Civil Veterinary Department. United Provinces 1923-31 - 1923-1931
Year: 1923
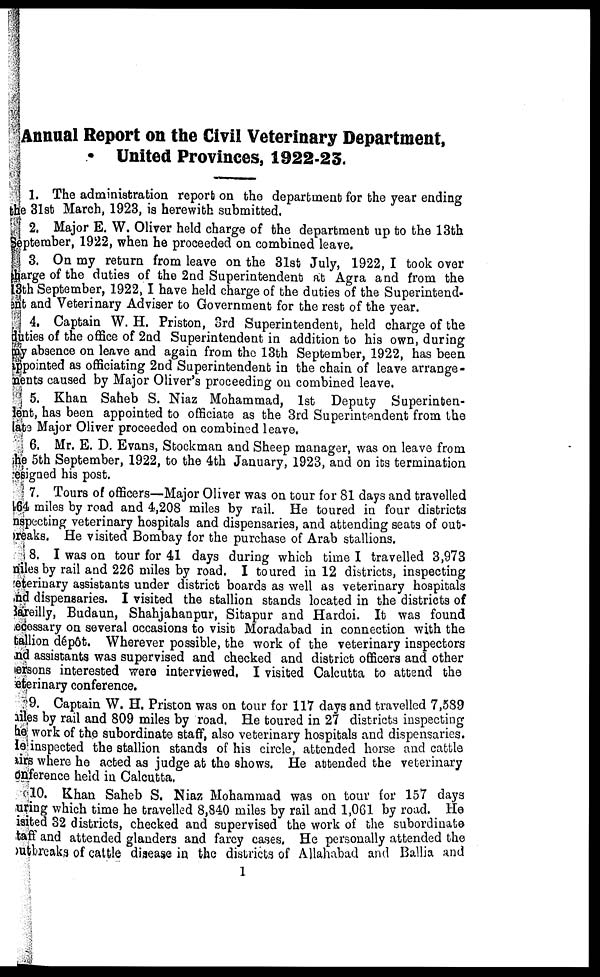
Annual Report on the Civil Veterinary Department,
United Provinces, 1922-23.
1. The administration report on the department for the year ending
e 31st March, 1923, is herewith submitted.
2. Major E. W. Oliver held charge of the department up to the 13th
ptember, 1922, when he proceeded on combined leave.
3. On my return from leave on the 31st July, 1922, I took over
arge of the duties of the 2nd Superintendent at Agra and from the
th September, 1922, I have held charge of the duties of the Superintend-
ent and Veterinary Adviser to Government for the rest of the year.
4. Captain W. H. Priston, 3rd Superintendent, held charge of the
ties of the office of 2nd Superintendent in addition to his own, during
absence on leave and again from the 13th September, 1922, has been
pointed as officiating 2nd Superintendent in the chain of leave arrange-
nts caused by Major Oliver's proceeding on combined leave.
5. Khan Saheb S. Niaz Mohammad, 1st Deputy Superinten-
ment, has been appointed to officiate as the 3rd Superintendent from the
is Major Oliver proceeded on combined leave.
6. Mr. E. D. Evans, Stockman and Sheep manager, was on leave from
5th September, 1922, to the 4th January, 1923, and on its termination
igned his post.
7. Tours of officers—Major Oliver was on tour for 81 days and travelled
miles by road and 4,208 miles by rail. He toured in four districts
pecting veterinary hospitals and dispensaries, and attending seats of out-
aks. He visited Bombay for the purchase of Arab stallions.
8. I was on tour for 41 days during which time I travelled 3,973
es by rail and 226 miles by road. I toured in 12 districts, inspecting
erinary assistants under district boards as well as veterinary hospitals
I dispensaries. I visited the stallion stands located in the districts of
eilly, Budaun, Shahjahanpur, Sitapur and Hardoi. It was found
ssary on several occasions to visit Moradabad in connection with the
ion dépôt. Wherever possible, the work of the veterinary inspectors
assistants was supervised and checked and district officers and other
ops interested were interviewed, I visited Calcutta to attend the
rinary conference.
9. Captain W. H. Priston was on tour for 117 days and travelled 7,589
s by rail and 809 miles by road. He toured in 27 districts inspecting
work of the subordinate staff, also veterinary hospitals and dispensaries.
inspected the stallion stands of his circle, attended horse and cattle
where he acted as judge at the shows. He attended the veterinary
erence held in Calcutta,
10. Khan Saheb S. Niaz Mohammad was on tour for 157 days
ng which time he travelled 8,840 miles by rail and 1,061 by road. He
ed 32 districts, checked and supervised the work of the subordinate
f and attended glanders and farcy cases. He personally attended the
breaks of cattle disease in the districts of Allahabad and Ballia and
1